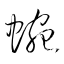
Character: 蜿